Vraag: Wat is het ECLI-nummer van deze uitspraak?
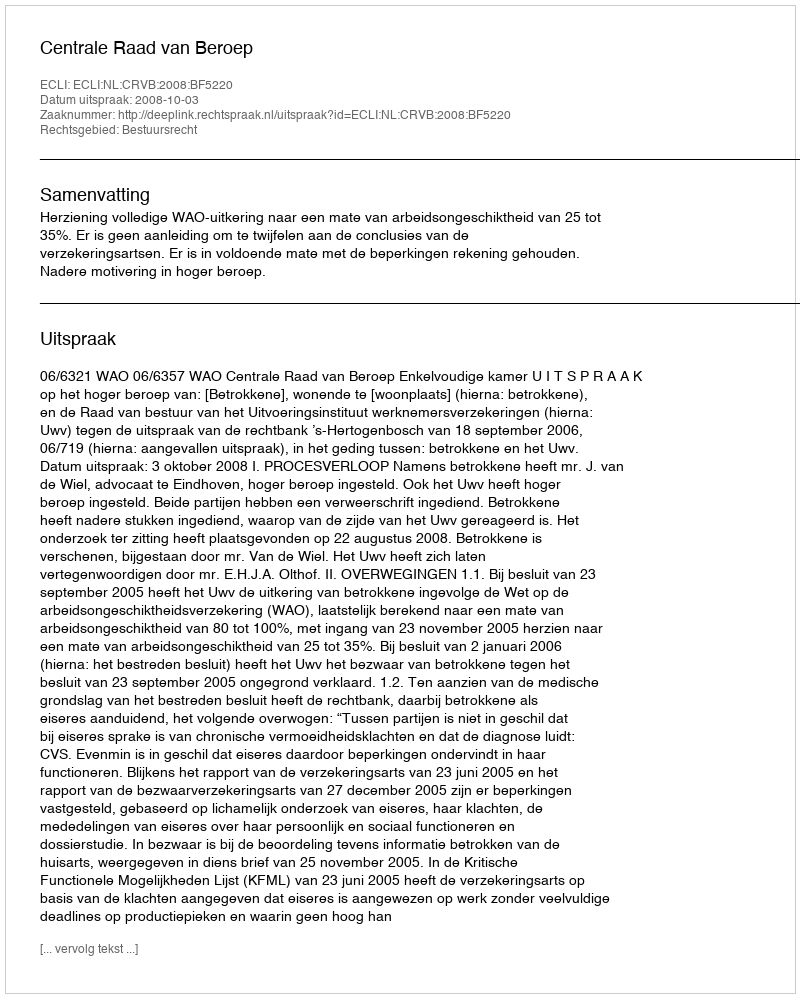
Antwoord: ECLI:NL:CRVB:2008:BF5220